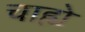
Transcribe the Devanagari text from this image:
चाह्ये